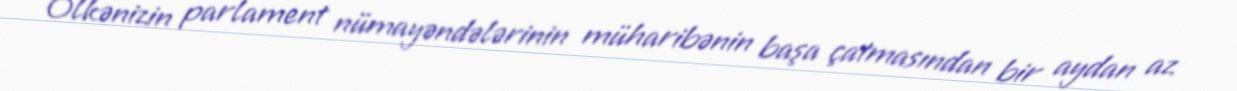
Ölkənizin parlament nümayəndələrinin müharibənin başa çatmasından bir aydan az